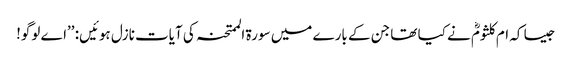
جیسا کہ ام کلثومؓ نے کیا تھا جن کے بارے میں سورۃ الممتحنہ کی آیات نازل ہوئیں: ’’اے لوگو!